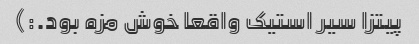
پیتزا سیر استیک واقعا خوش مزه بود.:)